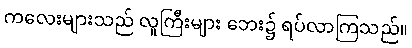
ကလေးများသည် လူကြီးများ ဘေး၌ ရပ်လာကြသည်။